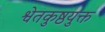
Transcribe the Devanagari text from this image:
श्वेतकुष्ठयुक्त